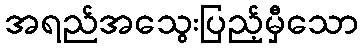
အရည်အသွေးပြည့်မှီသော